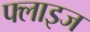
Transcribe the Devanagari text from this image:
फ्लाइज